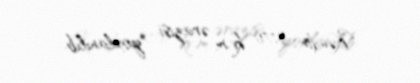
Kəndin 3170 kv.m ərazisi yoxlanılıb.